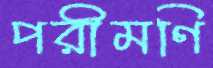
পরীমণি